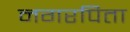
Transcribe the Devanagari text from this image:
नगरपिता